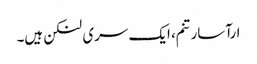
ارآسارتنم، ایک سری لنکن ہیں۔